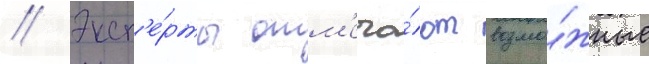
// Эксп'е́рты отм'еча́ют возмо́жные